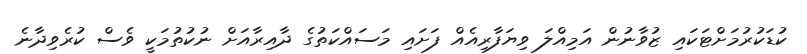
ކުޑަކުރުމަށްޓަކައި ޒުވާނުން އަމިއްލަ ވިޔަފާރިއެއް ފަށައި މަސައްކަތުގެ ދާއިރާއަށް ނުކުތުމަކީ ވެސް ކުރެވިދާނެ